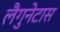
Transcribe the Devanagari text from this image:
लैगुनेटास